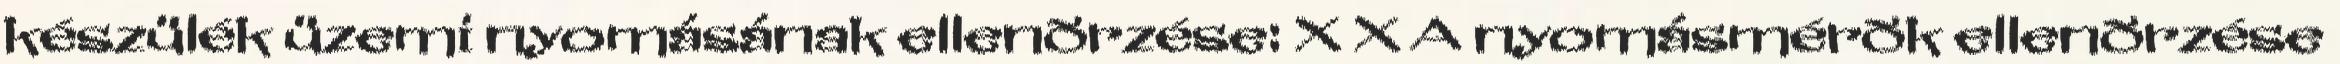
készülék üzemi nyomásának ellenõrzése: X X A nyomásmérõk ellenõrzése